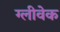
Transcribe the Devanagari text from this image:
ग्लीवेक